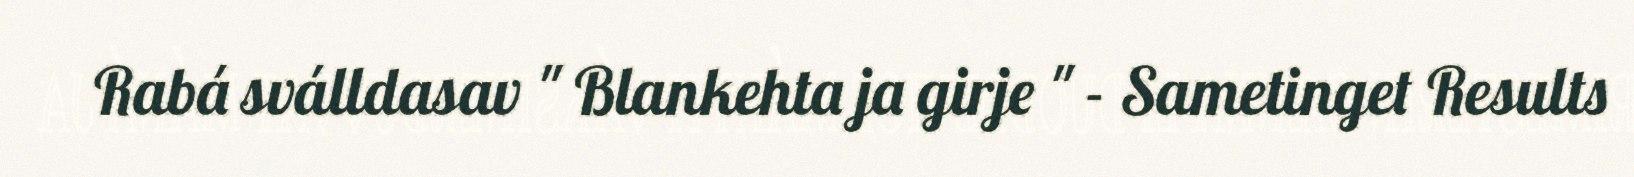
Rabá sválldasav " Blankehta ja girje " - Sametinget Results